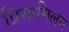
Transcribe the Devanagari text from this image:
प्रियामिलन